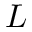
L